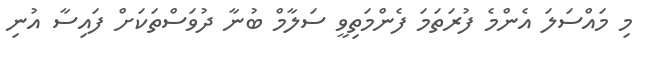
މި މައްސަލަ އެންމެ ފުރަތަމަ ފެންމަތިވީ ސަލާމް ބުނާ ދުވަސްތަކަށް ފައިސާ އުނި